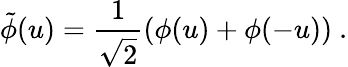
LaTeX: \tilde{\phi}(u)=\frac{1}{\sqrt{2}}(\phi(u)+\phi(-u))\ .